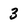
Character: 3